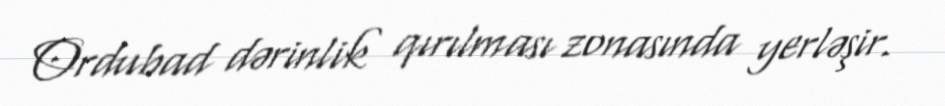
Ordubad dərinlik qırılması zonasında yerləşir.